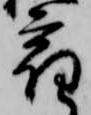
宿